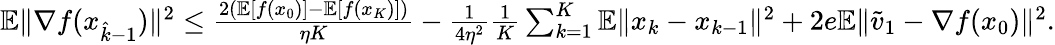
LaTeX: \begin{array}{r}{\mathbb{E}\| \nabla f(x_{\hat{k}-1})\| ^{2}\leq\frac{2(\mathbb{E}[f(x_{0})]-\mathbb{E}[f(x_{K})])}{\eta K}-\frac{1}{4\eta^{2}}\frac{1}{K}\sum_{k=1}^{K}\mathbb{E}\| x_{k}-x_{k-1}\| ^{2}+2e\mathbb{E}\| \widetilde v_{1}-\nabla f(x_{0})\| ^{2}.}\end{array}